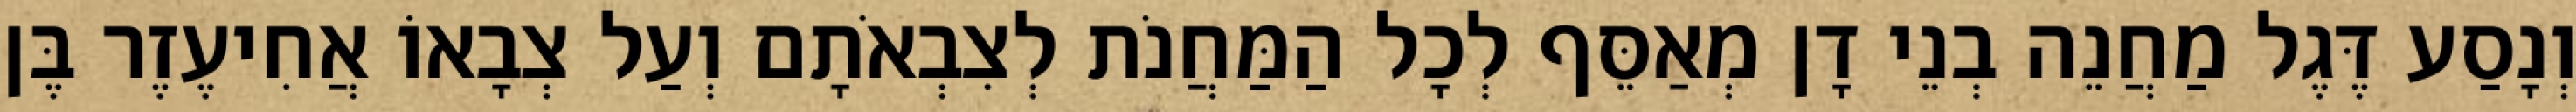
וְנָסַע דֶּגֶל מַחֲנֵה בְנֵי דָן מְאַסֵּף לְכָל הַמַּחֲנֹת לְצִבְאֹתָם וְעַל צְבָאוֹ אֲחִיעֶזֶר בֶּן